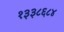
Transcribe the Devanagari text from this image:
१३३८६८४